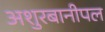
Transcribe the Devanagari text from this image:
अशुरबानीपल